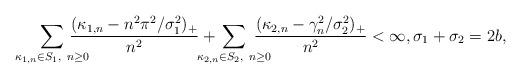
LaTeX: \begin{align*}\!\!\! \sum_{\kappa_{1,n}\in S_1,\ n\ge0 }\!\!\!\!\!\!\!\!\frac{(\kappa_{1,n}-n^2\pi^2/\sigma_1^2)_+}{n^2}+ \!\!\!\!\!\!\!\! \sum_{\kappa_{2,n}\in S_2,\ n\ge0 }\!\!\!\!\!\!\!\frac{(\kappa_{2,n}-\gamma_n^2/\sigma_2^2)_+}{n^2}<\infty,\sigma_1+\sigma_2=2b, \end{align*}